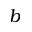
b